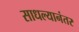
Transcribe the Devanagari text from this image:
साधल्यानंतर